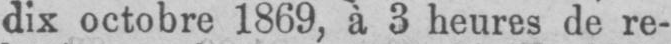
dix octobre 1869, à 3 heures de re-